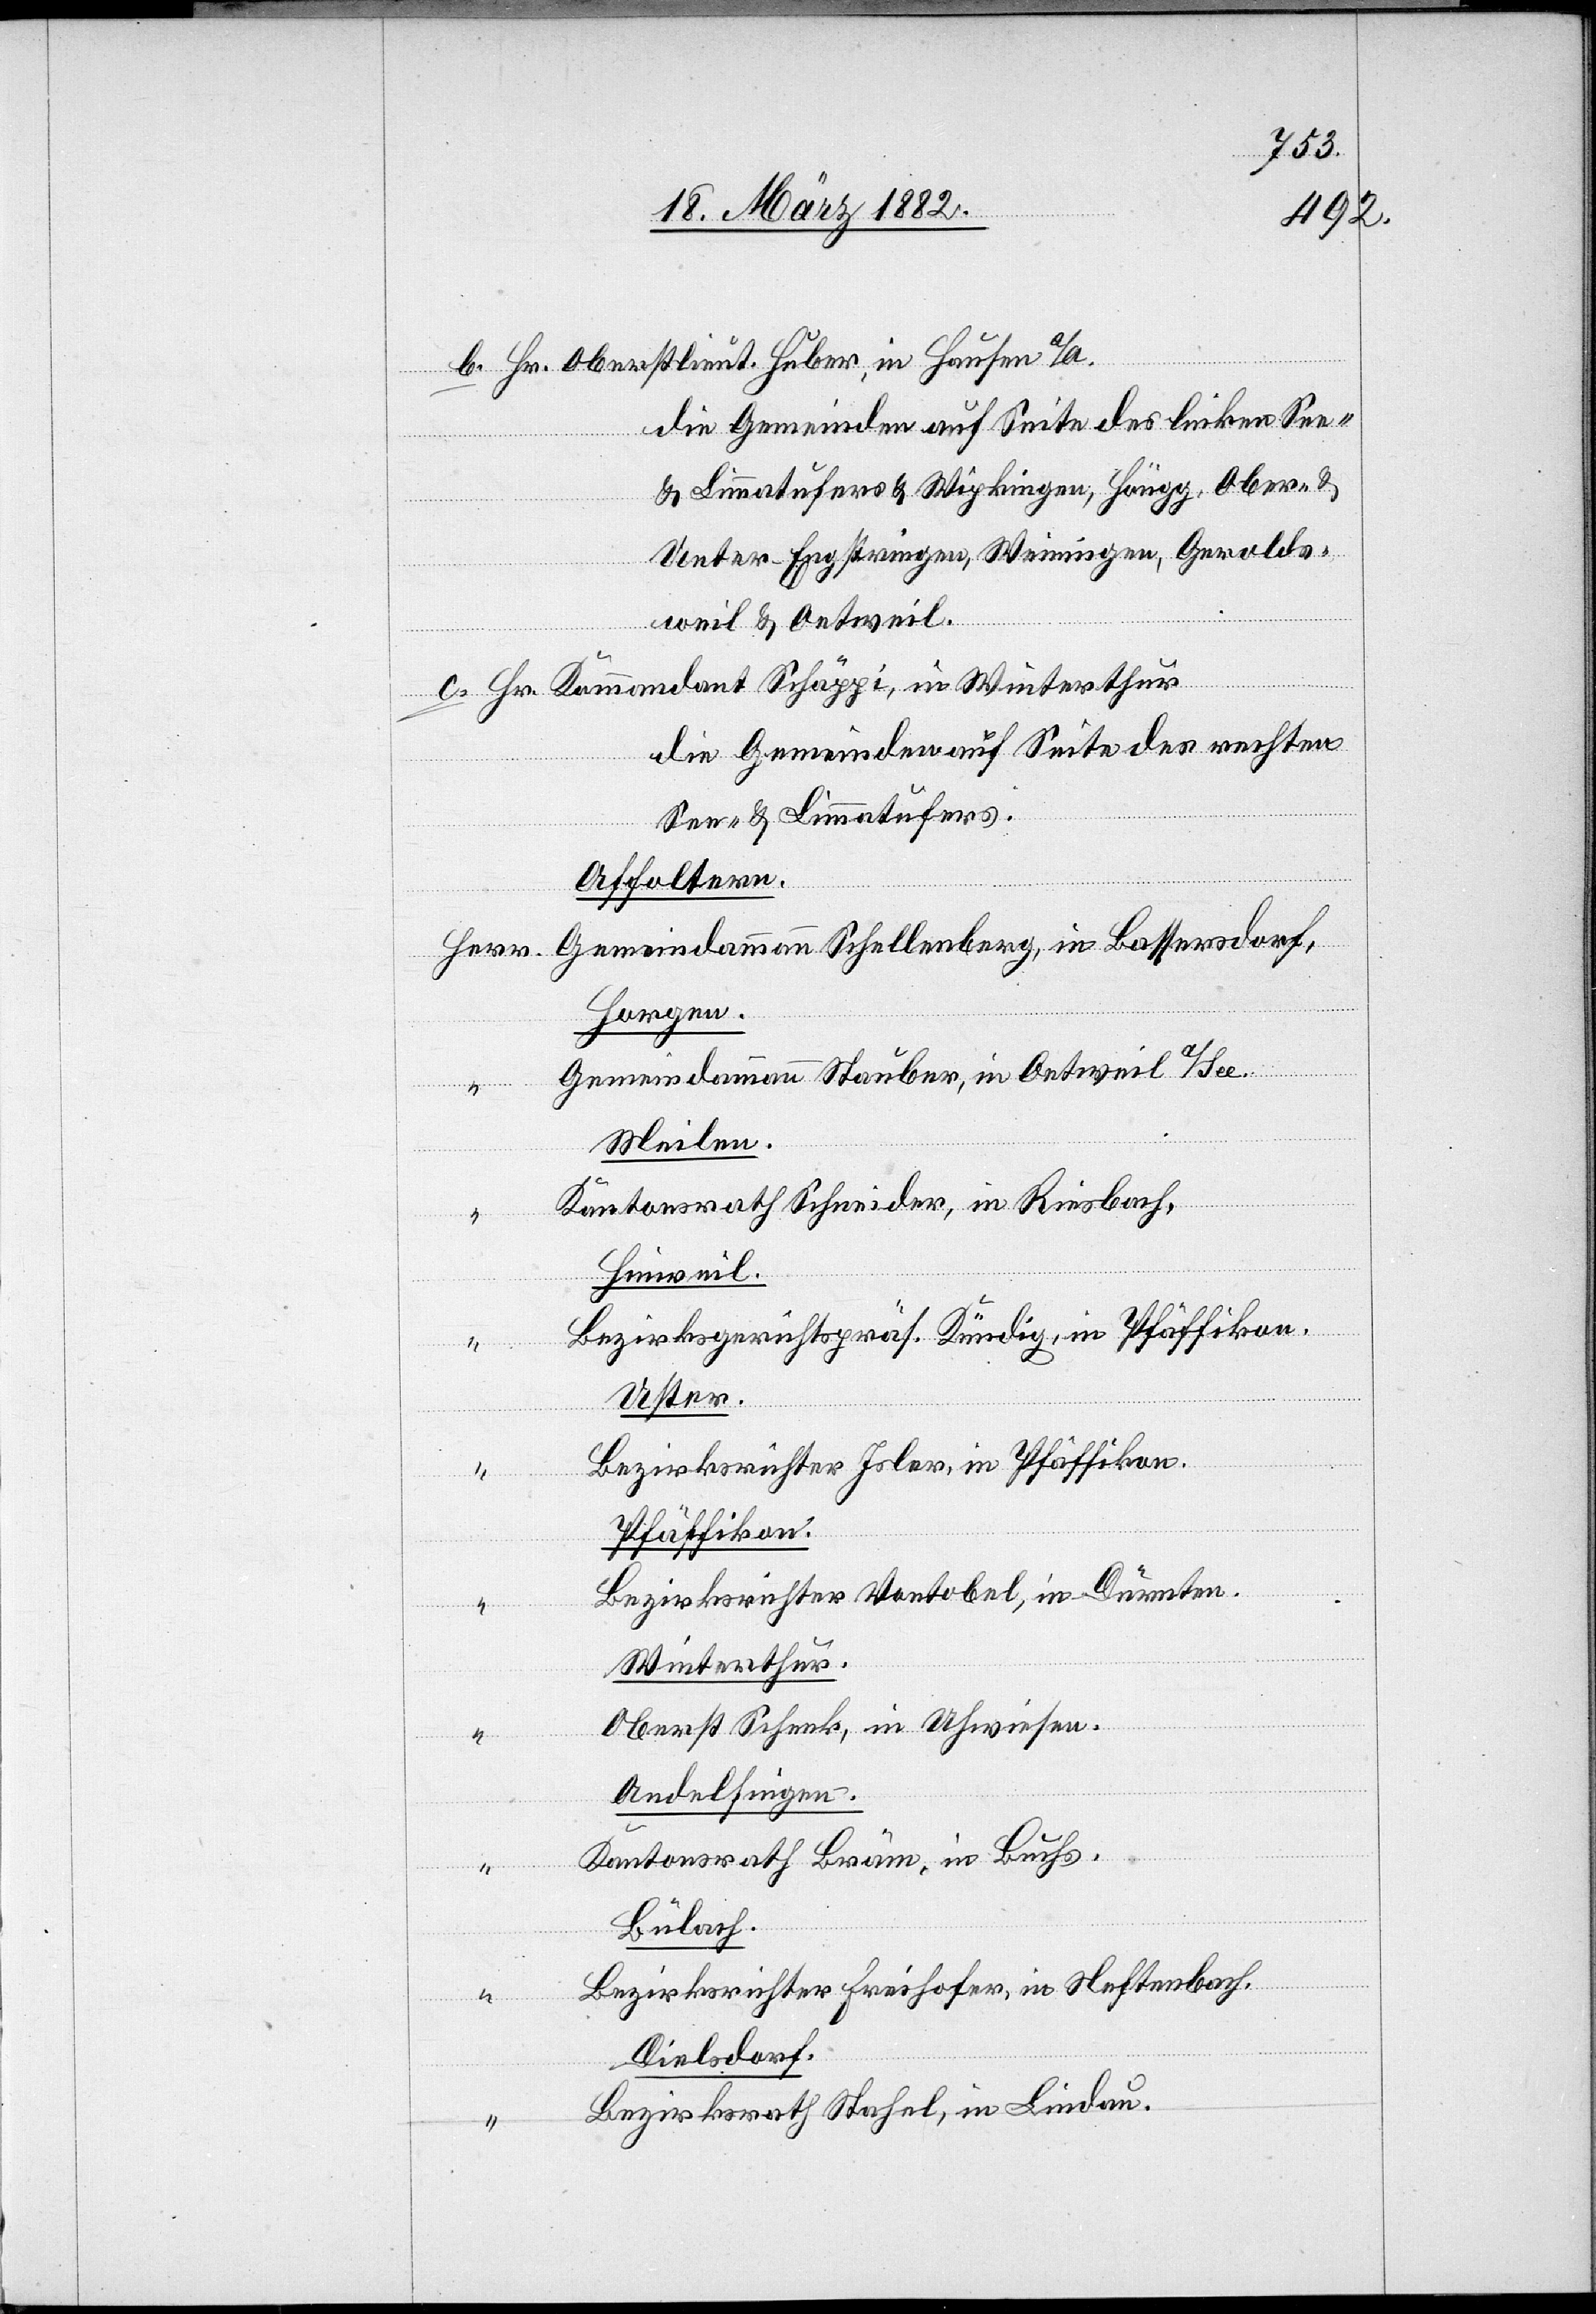
e.

b. Hr. Oberstleut. Huber, in Hausen a/A.
die Gemeinden auf Seite des linken See-
& Limmatufers & Wypkingen, Höngg,
Unter-Engstringen, Weiningen, Gerolds¬
Ober-
weil & Oetweil.
c. Hr. Kommandant Schäppi, in Winterthur
die Gemeinden auf Seite des rechten
See- & Limmatufers.
Affoltern.
Herr Gemeindeammann Schellenberg, in Bassersdorf.
Horgen.
Gemeindeammann Stauber, in Oetweil a/Se¬
Meilen.
Kantonsrath Schneider, in Riesbach.
Hinweil.
Bezirksgerichtspräs. Kündig, in Pfäffikon.
Uster.
Bezirksrichter Isler, in Pfäffikon.
Pfäffikon.
Bezirksrichter Vontobel, in Dürnten.
Winterthur.
Oberst Schenk, in Uhwiesen.
Andelfingen.
Kantonsrath Bräm, in Buchs.
Bülach.
Bezirksrichter Freihofer, in Neftenbach.
Dielsdorf.
Bezirksrath Stahel, in Lindau.